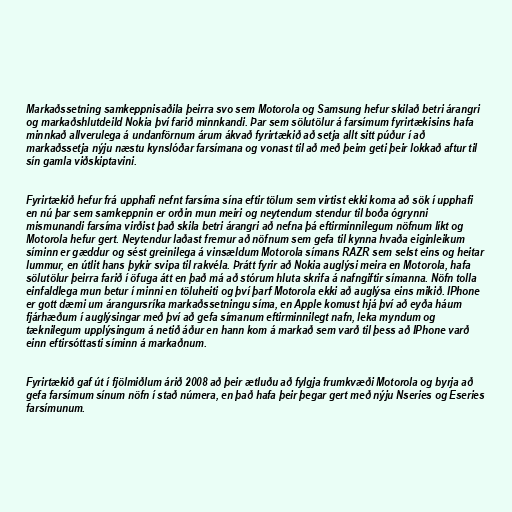
Markaðssetning samkeppnisaðila þeirra svo sem Motorola og Samsung hefur skilað betri árangri
og markaðshlutdeild Nokia því farið minnkandi. Þar sem sölutölur á farsímum fyrirtækisins hafa
minnkað allverulega á undanförnum árum ákvað fyrirtækið að setja allt sitt púður í að
markaðssetja nýju næstu kynslóðar farsímana og vonast til að með þeim geti þeir lokkað aftur til
sín gamla viðskiptavini.

Fyrirtækið hefur frá upphafi nefnt farsíma sína eftir tölum sem virtist ekki koma að sök í upphafi
en nú þar sem samkeppnin er orðin mun meiri og neytendum stendur til boða ógrynni
mismunandi farsíma virðist það skila betri árangri að nefna þá eftirminnilegum nöfnum líkt og
Motorola hefur gert. Neytendur laðast fremur að nöfnum sem gefa til kynna hvaða eiginleikum
síminn er gæddur og sést greinilega á vinsældum Motorola símans RAZR sem selst eins og heitar
lummur, en útlit hans þykir svipa til rakvéla. Þrátt fyrir að Nokia auglýsi meira en Motorola, hafa
sölutölur þeirra farið í öfuga átt en það má að stórum hluta skrifa á nafngiftir símanna. Nöfn tolla
einfaldlega mun betur í minni en töluheiti og því þarf Motorola ekki að auglýsa eins mikið. IPhone
er gott dæmi um árangursríka markaðssetningu síma, en Apple komust hjá því að eyða háum
fjárhæðum í auglýsingar með því að gefa símanum eftirminnilegt nafn, leka myndum og
tæknilegum upplýsingum á netið áður en hann kom á markað sem varð til þess að IPhone varð
einn eftirsóttasti síminn á markaðnum.

Fyrirtækið gaf út í fjölmiðlum árið 2008 að þeir ætluðu að fylgja frumkvæði Motorola og byrja að
gefa farsímum sínum nöfn í stað númera, en það hafa þeir þegar gert með nýju Nseries og Eseries
farsímunum.